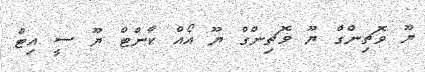
ޔޫ ވޮޗިންގް ޔޫ ވޮޗިންގް ޔޫ އޯއް ކާންޓް ޔޫ ސީ އިޓް